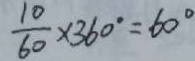
\frac { 1 0 } { 6 0 } \times 3 6 0 ^ { \circ } = 6 0 ^ { \circ }